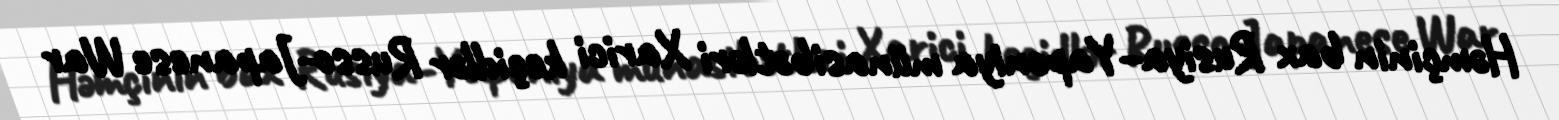
Həmçinin bax Rusiya–Yaponiya münasibətləri Xarici keçidlər Russo-Japanese War